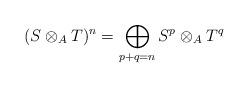
LaTeX: \begin{align*}(S \otimes_A T)^n = \bigoplus_{p + q = n} S^p\otimes_A T^q\end{align*}